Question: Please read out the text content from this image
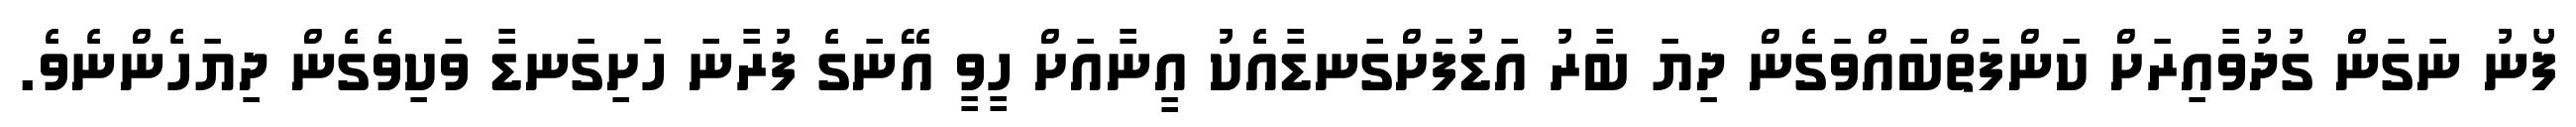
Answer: ފޯނު ނަގަން ގުދުވާއިރަށް ކަންފަތްބައްވަގެން ދިޔަ ބާރު އަޑުފަށްގަނޑާއެކު އީނާއަށް ހީވީ އޭނަގެ ފުރާނަ ހަށިގަނޑާ ވަކިވެގެން ދިޔަހެންނެވެ.